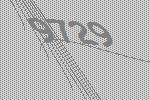
9729